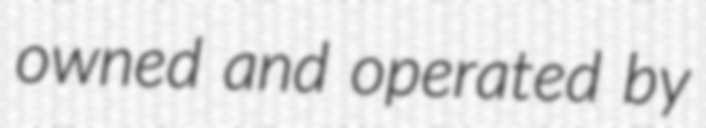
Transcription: owned and operated by